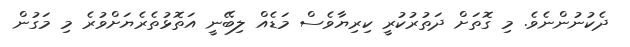
ދެކުނުންނެވެ. މި ގޮތަށް ދަތުރުކުރީ ކިރިޔާވެސް މަޑެއް ލިބޭނީ އަތޮޅުތެރެޔަށްވުރެ މި މަގުން